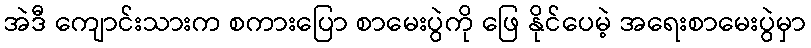
အဲဒီ ကျောင်းသားက စကားပြော စာမေးပွဲကို ဖြေ နိုင်ပေမဲ့ အရေးစာမေးပွဲမှာ